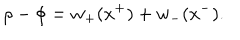
LaTeX: \rho - \phi = w _ { + } ( x ^ { + } ) + w _ { - } ( x ^ { - } ) .